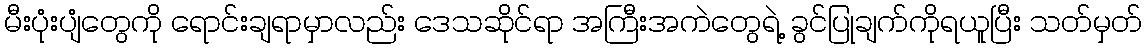
မီးပုံးပျံတွေကို ရောင်းချရာမှာလည်း ဒေသဆိုင်ရာ အကြီးအကဲတွေရဲ့ ခွင်ပြုချက်ကိုရယူပြီး သတ်မှတ်